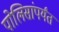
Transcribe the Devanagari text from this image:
पोलिसांपर्यंत